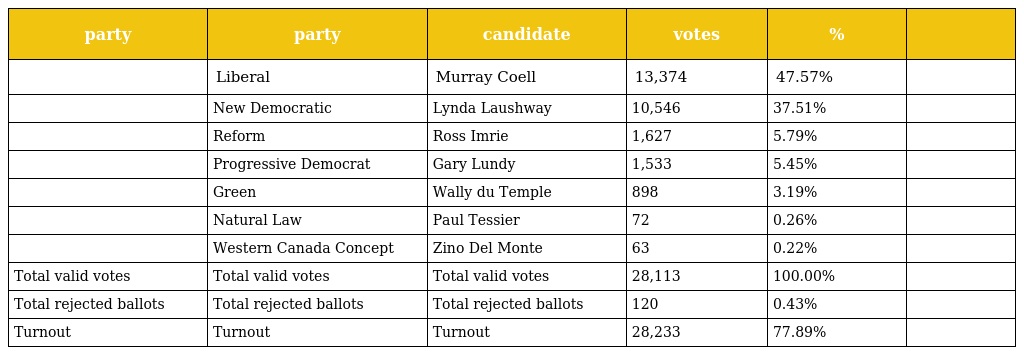
| party | party | candidate | votes | % |  |
 | --- | --- | --- | --- | --- | --- |
 |  | Liberal | Murray Coell | 13,374 | 47.57% |  |
 |  | New Democratic | Lynda Laushway | 10,546 | 37.51% |  |
 |  | Reform | Ross Imrie | 1,627 | 5.79% |  |
 |  | Progressive Democrat | Gary Lundy | 1,533 | 5.45% |  |
 |  | Green | Wally du Temple | 898 | 3.19% |  |
 |  | Natural Law | Paul Tessier | 72 | 0.26% |  |
 |  | Western Canada Concept | Zino Del Monte | 63 | 0.22% |  |
 | Total valid votes | Total valid votes | Total valid votes | 28,113 | 100.00% |  |
 | Total rejected ballots | Total rejected ballots | Total rejected ballots | 120 | 0.43% |  |
 | Turnout | Turnout | Turnout | 28,233 | 77.89% |  |